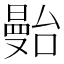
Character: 𱢶